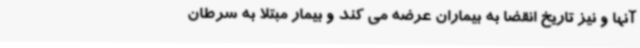
آنها و نیز تاریخ انقضا به بیماران عرضه می کند و بیمار مبتلا به سرطان